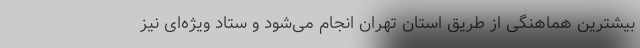
بیشترین هماهنگی از طریق استان تهران انجام می‌شود و ستاد ویژه‌ای نیز